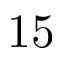
1 5